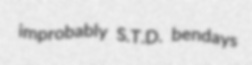
improbably S.T.D. bendays